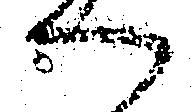
へ